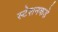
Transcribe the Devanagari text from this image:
स्टेशनकडे